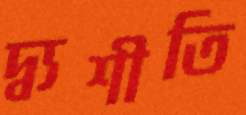
দ্ব্যশীতি